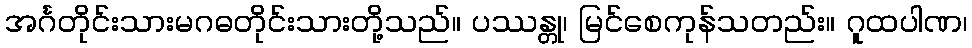
အင်္ဂတိုင်းသားမဂဓတိုင်းသားတို့သည်။ ပဿန္တု၊ မြင်စေကုန်သတည်း။ ဂူထပါဏ၊